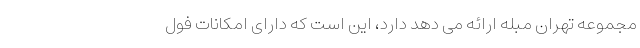
مجموعه تهران مبله ارائه می دهد دارد، این است که دارای امکانات فول